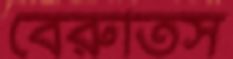
বেরুতিস